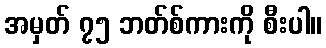
အမှတ် ၇၅ ဘတ်စ်ကားကို စီးပါ။